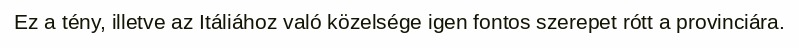
Ez a tény, illetve az Itáliához való közelsége igen fontos szerepet rótt a provinciára.